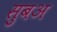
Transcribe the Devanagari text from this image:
सुबअ